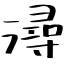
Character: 潯